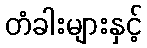
တံခါးများနှင့်